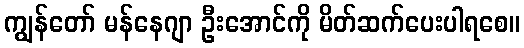
ကျွန်တော် မန်နေဂျာ ဦးအောင်ကို မိတ်ဆက်ပေးပါရစေ။